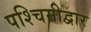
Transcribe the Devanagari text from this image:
पश्चिमीद्वार